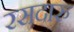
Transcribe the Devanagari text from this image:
रसदारु